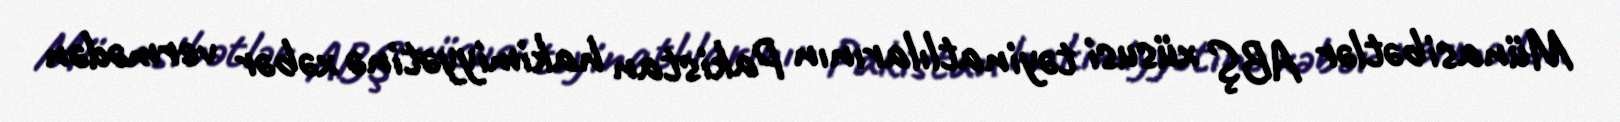
Münasibətlər ABŞ xüsusi təyinatlılarının Pakistan hakimiyyətinə xəbər vermədən